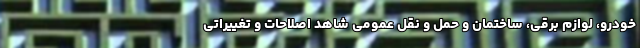
خودرو، لوازم برقی، ساختمان و حمل و نقل عمومی شاهد اصلاحات و تغییراتی